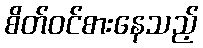
စိတ်ဝင်စားနေသည့်